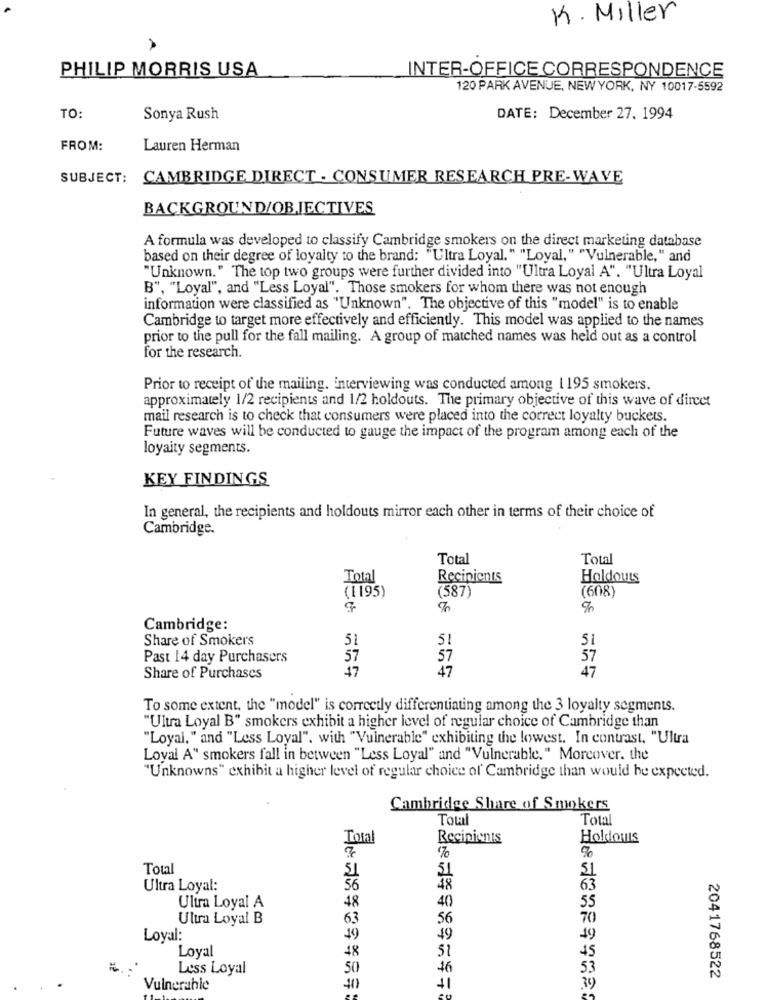
K. Miller
PHILIP MORRIS USA
INTER-OFFICE CORRESPONDENCE
120 PARK AVENUE, NEW YORK, NY 10017-5592
TO:
Sonya Rush
DATE: December 27. 1994
FROM:
Lauren Herman
SUBJECT:
CAMBRIDGE DIRECT . CONSUMER RESEARCH PRE-WAVE
BACKGROUND/OBJECTIVES
A formula was developed to classify Cambridge smokers on the direct marketing database
based on their degree of loyalty to the brand: "Ultra Loyal. " "Loyal, " "Vulnerable," and
"Unknown." The top two groups were further divided into "Ultra Loyal A". "Ultra Loyal
B", "Loyal", and "Less Loyal". Those smokers for whom there was not enough
information were classified as "Unknown". The objective of this "model" is to enable
Cambridge to target more effectively and efficiently. This model was applied to the names
prior to the pull for the fall mailing. A group of matched names was held out as a control
for the research.
Prior to receipt of the mailing. interviewing was conducted among 1195 smokers.
approximately 1/2 recipients and 1/2 holdouts. The primary objective of this wave of dircet
mail research is to check that consumers were placed into the correct loyalty buckets.
Future waves will be conducted to gauge the impact of the program among each of the
loyaity segments.
KEY FINDINGS
In general, the recipients and holdouts mirror each other in terms of their choice of
Cambridge.
Total
Total
Total
Recipients
Holdouts
(1 195)
(587)
(608)
Cambridge:
Share of Smokers
51
Past 14 day Purchasers
57
57
57
47
47
47
Share of Purchases
To some extent, the "model" is correctly differentiating among the 3 loyalty segments.
"Ultra Loyal B" smokers exhibit a higher level of regular choice of Cambridge than
"Loyal, " and "Less Loyal". with "Vulnerable" exhibiting the lowest. In contrast. "Ultra
Loval A" smokers fall in between "Less Loyal" and "Vulnerable." Moreover. the
"Unknowns" exhibit a higher level of regular choice of Cambridge than would be expected.
Cambridge Share of Smokers
Total
Total
Total
Recipients
Holdowis
Total
51
51
Ultra Loyal:
48
63
Ultra Loyal A
48
40
55
Ultra Loyal B
63
56
70
Loyal:
49
49
49
Loyal
48
51
45
Less Loyal
50
46
53
+1
2041768522
Vulnerable